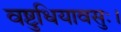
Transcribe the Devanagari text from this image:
वष्टुधियावसुः।